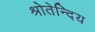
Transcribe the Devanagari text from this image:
श्रोतेन्दिय